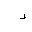
Letter: _ra